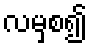
လမှစ၍